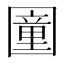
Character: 𡈩